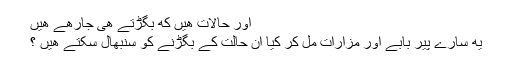
اور حالات هیں که بگڑتے هی جارهے هیں
یه سارے پیر بابے اور مزارات مل کر کیا ان حالت کے بگڑنے کو سنبھال سکتے هیں ؟